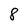
Character: 8